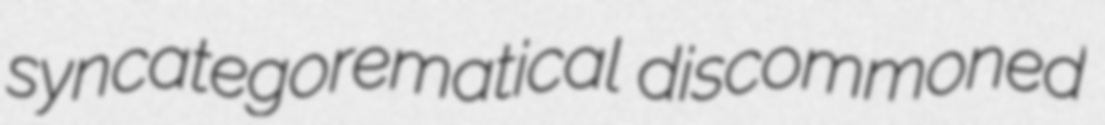
syncategorematical discommoned